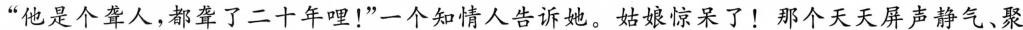
”他是个聋人，都聋了二十年哩！”一个知情人告诉她。姑娘惊呆了！那个天天屏声静气、聚